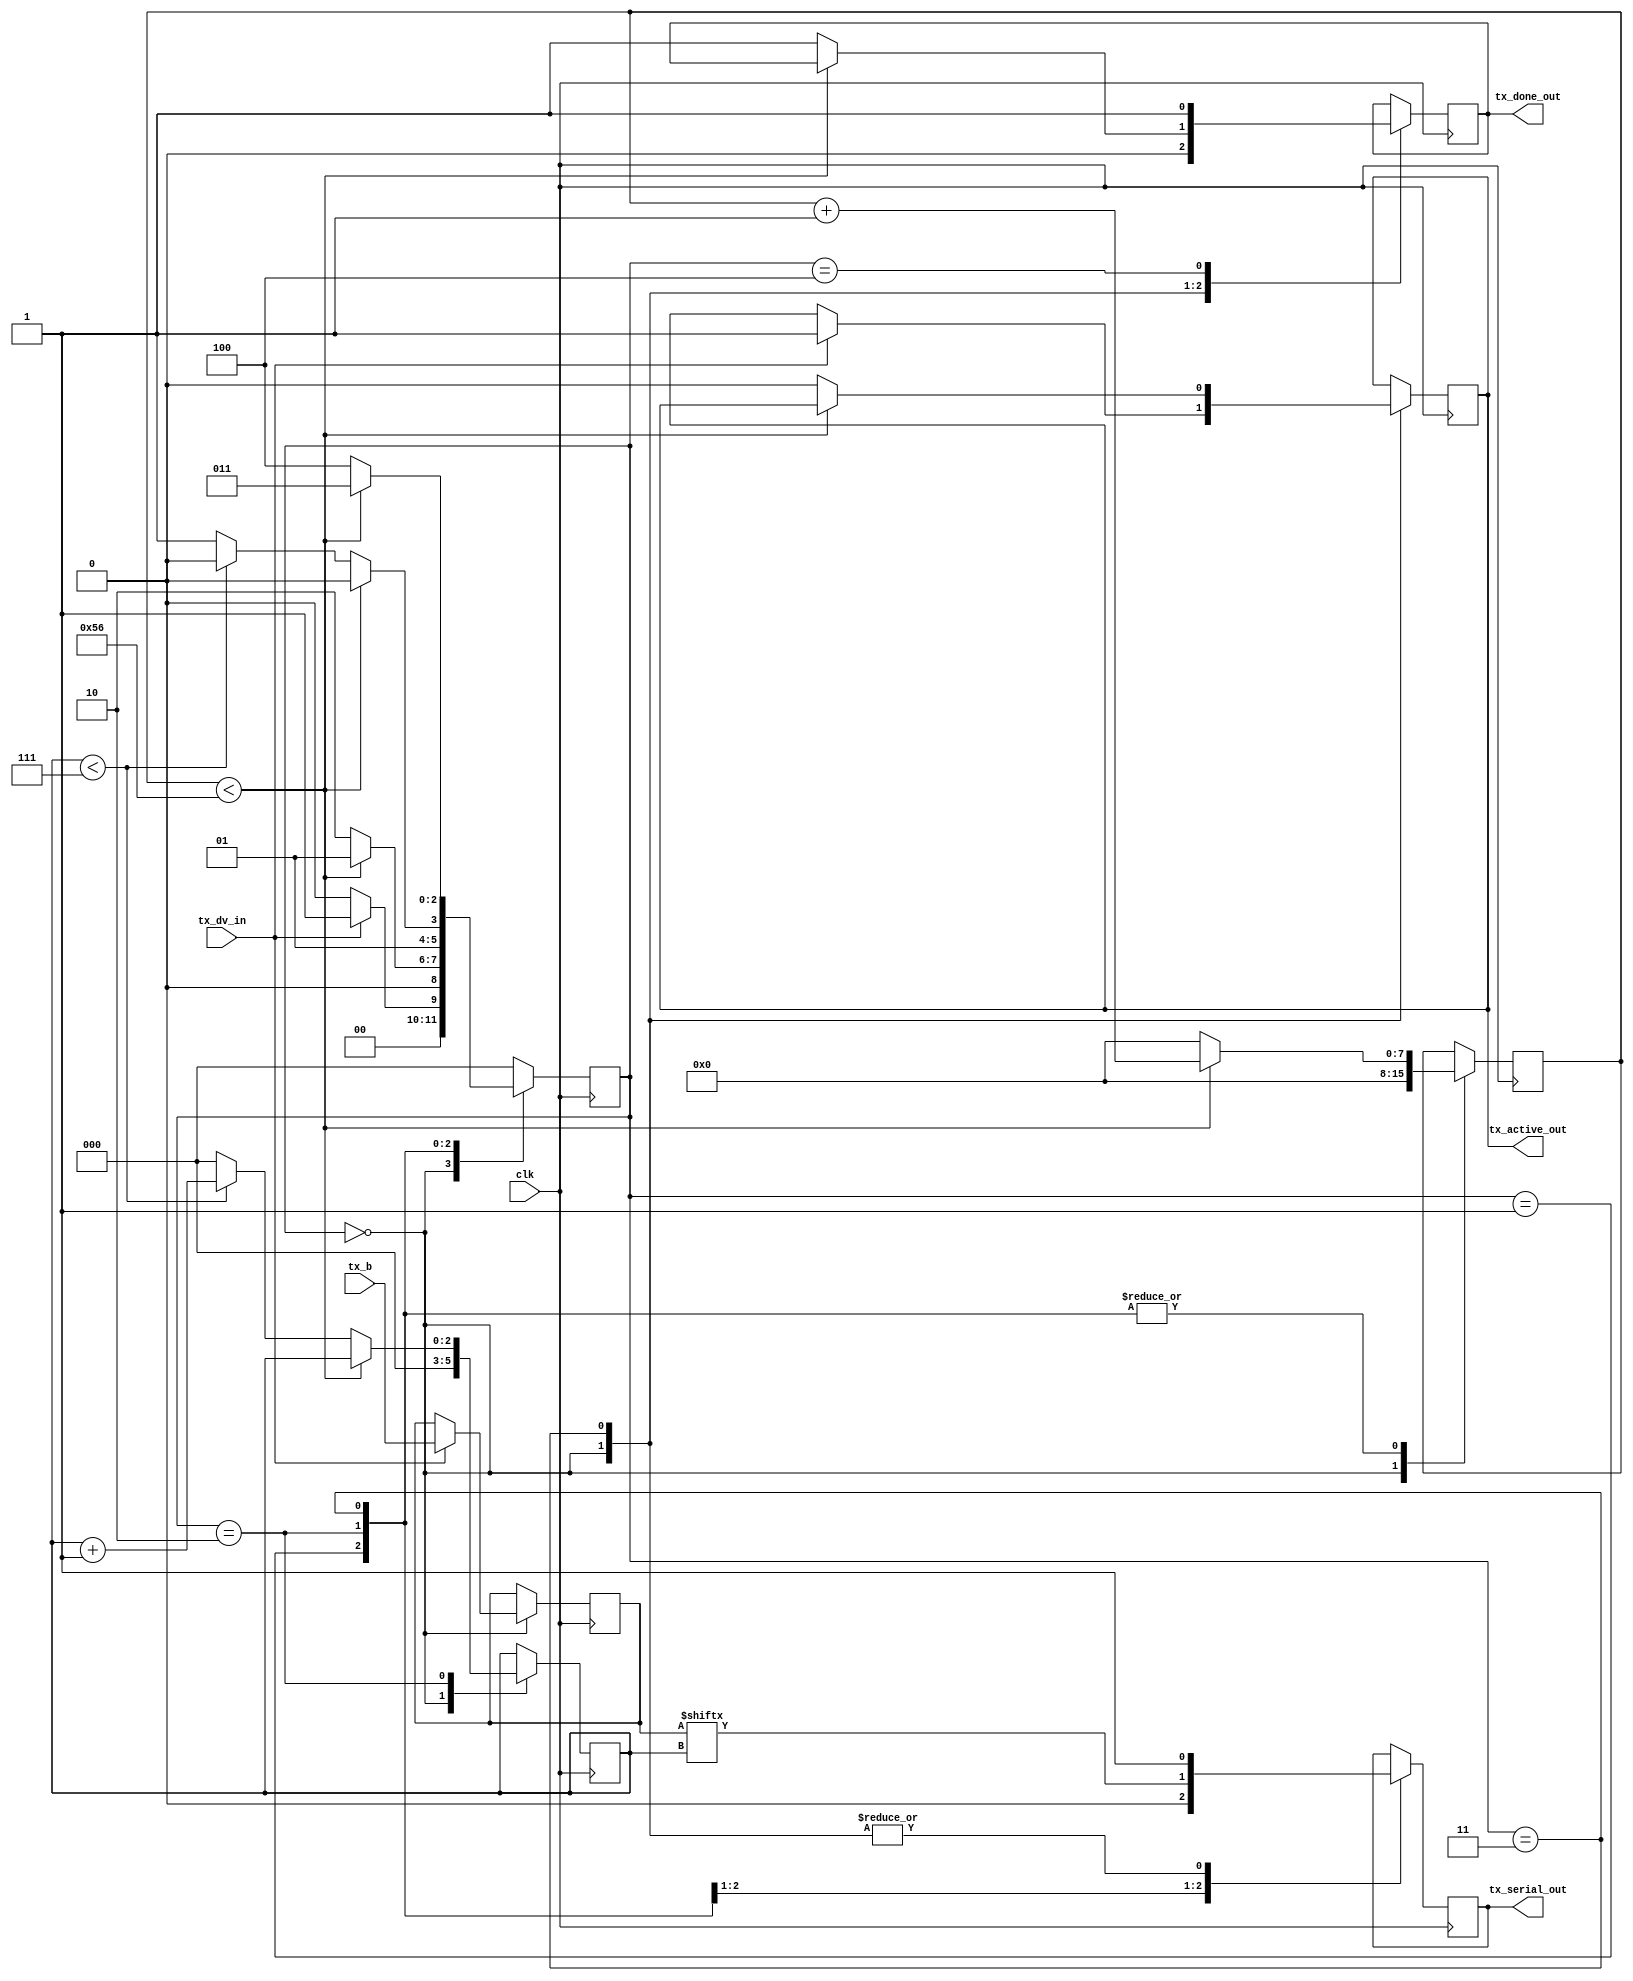
// clk_per_bit = (Frequency of clk)/(Frequency of UART)
// Example: 10 MHz Clock, 115200 baud UART
// (10000000)/(115200) = 87
  
module uart_tx 
  #(parameter clk_per_bit = 87)
  (
   input       clk,
   input       tx_dv_in,
   input [7:0] tx_b, 
   output      tx_active_out,
   output reg  tx_serial_out,
   output      tx_done_out
   );
  
  parameter idle  = 3'b000;
  parameter start = 3'b001;
  parameter data  = 3'b010;
  parameter stop  = 3'b011;
  parameter restart = 3'b100;
   
  reg [2:0]    state = 0;
  reg [7:0]    count = 0;
  reg [2:0]    index = 0;
  reg [7:0]    tx_data = 0;
  reg          tx_done = 0;
  reg          tx_active = 0;
     
  always @(posedge clk)
    begin
       
      case (state)
        idle :
          begin
            tx_serial_out <= 1'b1;
            tx_done <= 1'b0;
            count <= 0;
            index <= 0;
             
            if (tx_dv_in == 1'b1)
              begin
                tx_active <= 1'b1;
                tx_data <= tx_b;
                state <= start;
              end
            else
              state <= idle;
          end
         
         
        // Send out Start Bit. Start bit = 0
        start :
          begin
            tx_serial_out <= 1'b0;
             
            // Wait clk_per_bit-1 clock cycles for start bit to finish
            if (count < clk_per_bit-1)
              begin
                count <= count + 1;
                state <= start;
              end
            else
              begin
                count <= 0;
                state <= data;
              end
          end 
         
         
        // Wait clk_per_bit-1 clock cycles for data bits to finish         
        data :
          begin
            tx_serial_out <= tx_data[index];
             
            if (count < clk_per_bit-1)
              begin
                count <= count + 1;
                state <= data;
              end
            else
              begin
                count <= 0;
                 
                // Check if we have sent out all bits
                if (index < 7)
                  begin
                    index <= index + 1;
                    state <= data;
                  end
                else
                  begin
                    index <= 0;
                    state <= stop;
                  end
              end
          end 
         
         
        // Send out Stop bit.  Stop bit = 1
        stop :
          begin
            tx_serial_out <= 1'b1;
             
            // Wait clk_per_bit-1 clock cycles for Stop bit to finish
            if (count < clk_per_bit-1)
              begin
                count <= count + 1;
                state <= stop;
              end
            else
              begin
                tx_done <= 1'b1;
                count <= 0;
                state <= restart;
                tx_active <= 1'b0;
              end
          end 
         
        // Stay here 1 clock
        restart :
          begin
            tx_done <= 1'b1;
            state <= idle;
          end
         
         
        default :
          state <= idle;
         
      endcase
    end
 
  assign tx_active_out = tx_active;
  assign tx_done_out   = tx_done;
   
endmodule